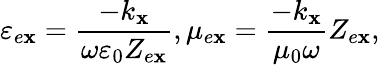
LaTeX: \varepsilon_{e\mathbf{x}}=\frac{{-k_{\mathbf{x}}}}{{\omega\varepsilon_{0}Z_{e\mathbf{x}}}},\mu_{e\mathbf{x}}=\frac{{-k_{\mathbf{x}}}}{{\mu_{0}\omega}}Z_{e\mathbf{x}},